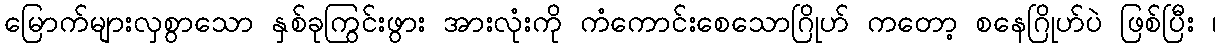
မြောက်များလှစွာသော နှစ်ခုကြွင်းဖွား အားလုံးကို ကံကောင်းစေသောဂြိုဟ် ကတော့ စနေဂြိုဟ်ပဲ ဖြစ်ပြီး ၊